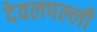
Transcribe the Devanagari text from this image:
देवलपल्ली